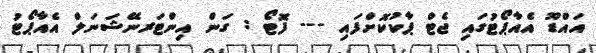
އައްޑޫ އެއާޕޯޓުގައި ޖެޓް ޕާކުކޮށްފައި --- ފޮޓޯ : ގަން އިންޓަރނޭޝަނަލް އެއާޕޯޓު